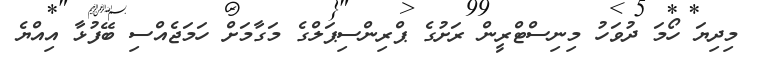
މިދިޔަ ހޯމަ ދުވަހު މިނިސްޓްރީން ރަށުގެ ޕްރިންސިޕަލްގެ މަގާމަށް ހަމަޖެއްސި ބޭފުޅާ އިއްޔެ